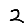
Digit: 2